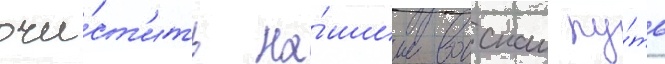
очи́ст'ить на́шим воискам пу́ть